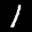
Label: 1